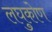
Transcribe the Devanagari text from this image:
लघुकोण